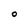
Character: O